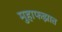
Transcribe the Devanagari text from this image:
मुहाफझात